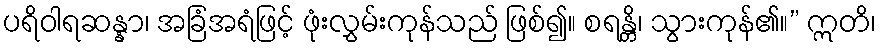
ပရိဝါရဆန္နာ၊ အခြံအရံဖြင့် ဖုံးလွှမ်းကုန်သည် ဖြစ်၍။ စရန္တိ၊ သွားကုန်၏။” ဣတိ၊